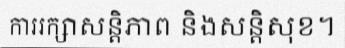
ការរក្សាសន្តិភាព និងសន្តិសុខ។